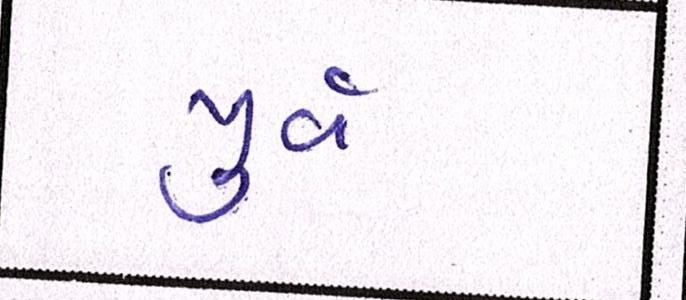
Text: પુર્વ